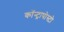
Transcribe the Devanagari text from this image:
कॉन्ट्रापोस्टो